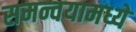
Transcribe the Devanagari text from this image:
समन्वयामध्ये